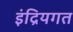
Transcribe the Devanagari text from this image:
इंद्रियगत